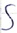
Text: S